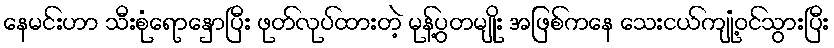
နေမင်းဟာ သီးစုံရောနှောပြီး ဖုတ်လုပ်ထားတဲ့ မုန့်ပွတမျိုး အဖြစ်ကနေ သေးငယ်ကျုံ့ဝင်သွားပြီး